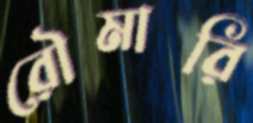
রৌমারি